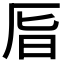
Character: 𠩊